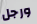
ورجل